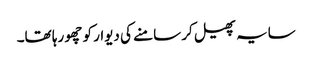
سایہ پھیل کر سامنے کی دیوار کو چھو رہا تھا۔